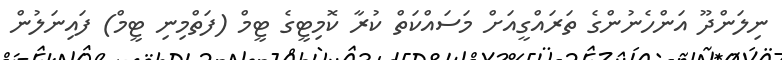
ނިލަންދޫ އަންހެނުންގެ ތަރައްގީއަށް މަސައްކަތް ކުރާ ކޮމިޓީގެ ޓީމް (ފަތްމިނި ޓީމް) ފައިނަލުން